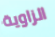
الزاوية